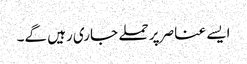
ایسے عناصر پر حملے جاری رہیں گے۔